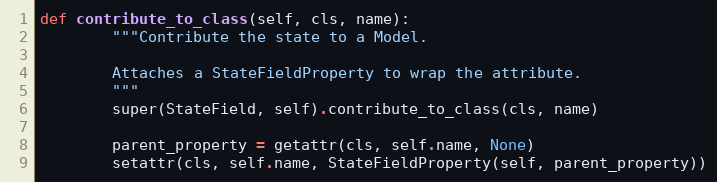
Language: Python
def contribute_to_class(self, cls, name):
        """Contribute the state to a Model.

        Attaches a StateFieldProperty to wrap the attribute.
        """
        super(StateField, self).contribute_to_class(cls, name)

        parent_property = getattr(cls, self.name, None)
        setattr(cls, self.name, StateFieldProperty(self, parent_property))